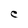
Character: C